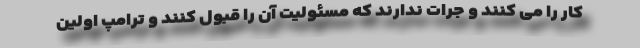
کار را می کنند و جرات ندارند که مسئولیت آن را قبول کنند و ترامپ اولین